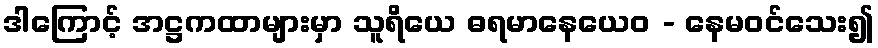
ဒါကြောင့် အဋ္ဌကထာများမှာ သူရိယေ ဓရမာနေယေဝ - နေမဝင်သေး၍